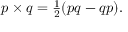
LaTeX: p \times q = \textstyle { \frac { 1 } { 2 } } ( p q - q p ) .